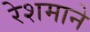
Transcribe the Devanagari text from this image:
रेशमाने